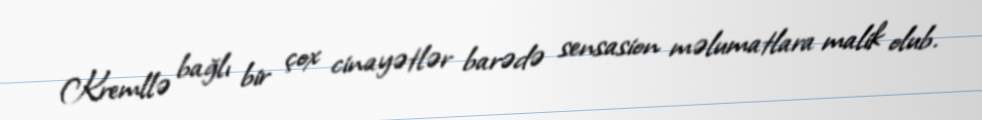
Kremllə bağlı bir çox cinayətlər barədə sensasion məlumatlara malik olub.